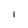
Character: I